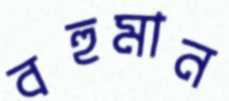
বহুমান